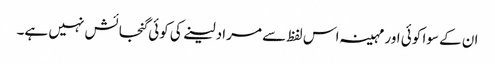
ان کے سوا کوئی اور مہینہ اس لفظ سے مراد لینے کی کوئی گنجائش نہیں ہے۔